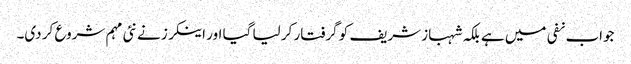
جواب نفی میں ہے بلکہ شہباز شریف کو گرفتار کر لیا گیا اور اینکرز نے نئی مہم شروع کر دی۔